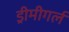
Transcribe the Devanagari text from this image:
ड्रीमीगर्ल